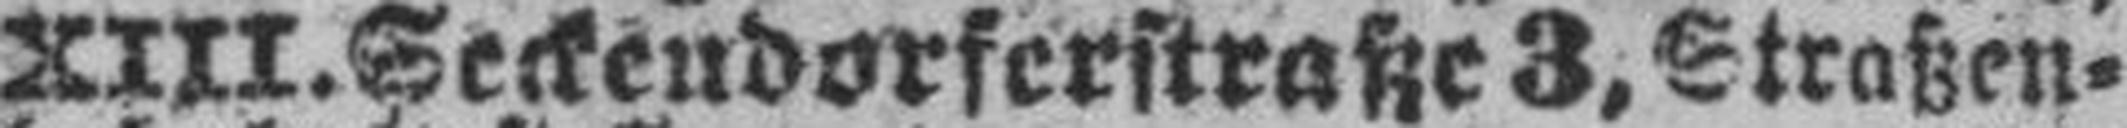
XIII. Seckendorferstraße 3, Straßen¬